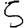
Digit: 5